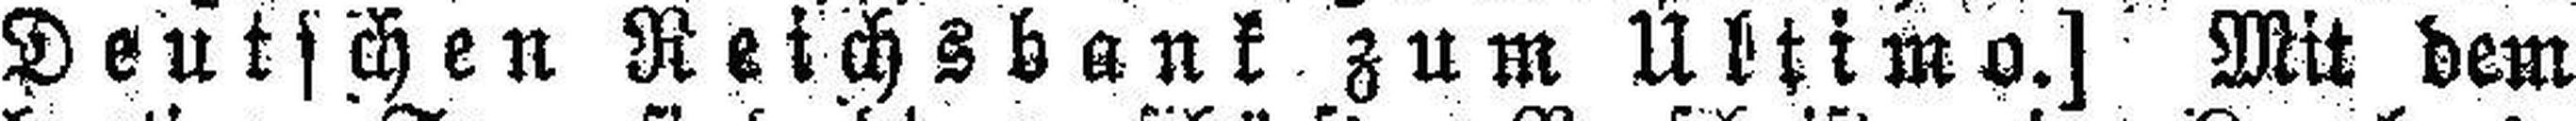
Deutschen Reichsbank zum Ultimo.] Mit dem